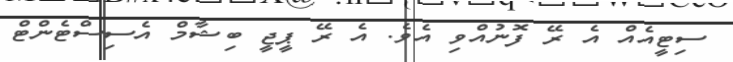
ސިޓީއެއް އެ ރޭ ފޮނުއްވި އެވެ. އެ ރޭ ޕީޖީ ބިޝާމް އެސިސްޓެންޓް